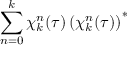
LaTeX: \sum _ { n = 0 } ^ { k } \chi _ { k } ^ { n } ( \tau ) \left( \chi _ { k } ^ { n } ( \tau ) \right) ^ { * }